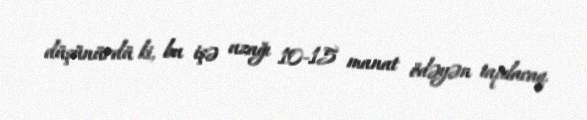
düşünürdü ki, bu işə uzağı 10-15 manat ödəyən tapılacaq.